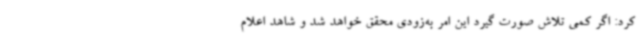
کرد: اگر کمی تلاش صورت گیرد این امر به‌زودی محقق خواهد شد و شاهد اعلام